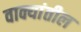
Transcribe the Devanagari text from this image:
वाक्यांतील